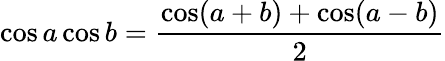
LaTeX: \cos a\cos b={\frac{\cos(a+b)+\cos(a-b)}{2}}